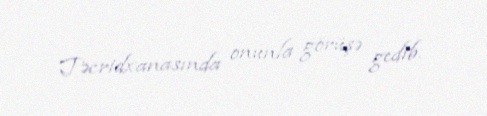
Təcridxanasında onunla görüşə gedib.